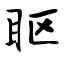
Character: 眍